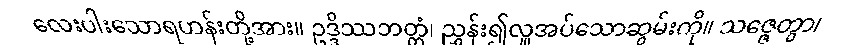
လေးပါးသောရဟန်းတို့အား။ ဥဒ္ဒိဿဘတ္တံ၊ ညွှန်း၍လှူအပ်သောဆွမ်းကို။ သဇ္ဇေတွာ၊